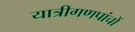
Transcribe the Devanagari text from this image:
यात्रीगणपांचों